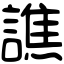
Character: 譙